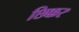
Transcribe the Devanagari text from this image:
छिक्कर